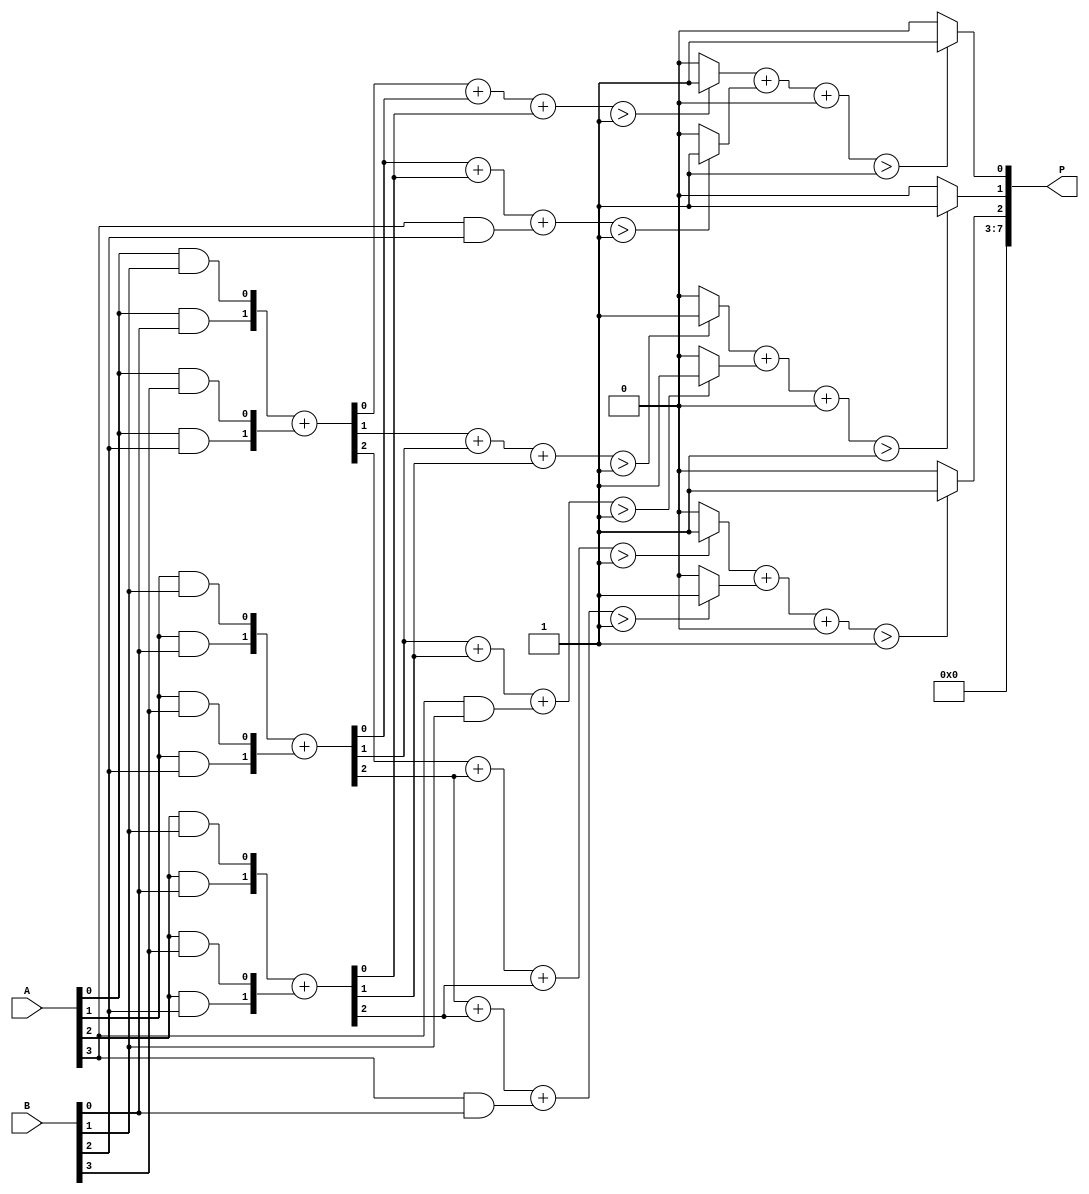
module FaultTolerantWallaceTreeMultiplier #(parameter N = 4) (
    input [N-1:0] A,
    input [N-1:0] B,
    output reg [2*N-1:0] P
);

    wire [N-1:0] partial_products[N-1:0];
    wire [2*N-1:0] sum_level1 [N-1:0];
    wire [2*N-1:0] sum_level2 [N-1:0];
    wire [2*N-1:0] final_sum;

    // Generate Partial Products
    genvar i, j;
    generate
        for (i = 0; i < N; i = i + 1) begin : gen_partial_products
            for (j = 0; j < N; j = j + 1) begin : gen_pp
                assign partial_products[i][j] = A[i] & B[j];
            end
        end
    endgenerate

    // Wallace Tree Reduction
    // Level 1: Reduce partial products using half adders and full adders
    generate
        for (i = 0; i < N; i = i + 1) begin : level1
            if (i < N-1) begin
                // Half adder for the first two bits
                assign sum_level1[i] = {partial_products[i][0], partial_products[i][1]} + {partial_products[i][2], partial_products[i][3]};
            end else begin
                assign sum_level1[i] = {partial_products[i][0], partial_products[i][1], partial_products[i][2]};
            end
        end
    endgenerate

    // Level 2: Further reduce using majority voting logic
    generate
        for (i = 0; i < N; i = i + 1) begin : level2
            if (i < N-1) begin
                assign sum_level2[i] = majority_voter(sum_level1[i], sum_level1[i+1], sum_level1[i+2]);
            end
        end
    endgenerate

    // Final Addition
    assign final_sum = majority_voter(sum_level2[0], sum_level2[1], sum_level2[2]);

    always @(*) begin
        P = final_sum;
    end

    // Majority Voting Logic
    function [2*N-1:0] majority_voter(
        input [2*N-1:0] a,
        input [2*N-1:0] b,
        input [2*N-1:0] c
    );
        integer i;
        begin
            for (i = 0; i < 2*N; i = i + 1) begin
                majority_voter[i] = (a[i] + b[i] + c[i] > 1) ? 1'b1 : 1'b0;
            end
        end
    endfunction

endmodule